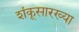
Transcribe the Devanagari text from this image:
शंकूसारख्या